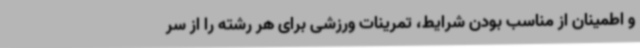
و اطمینان از مناسب بودن شرایط، تمرینات ورزشی برای هر رشته را از سر